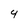
Character: 4